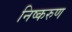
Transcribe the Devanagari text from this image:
निष्करुण